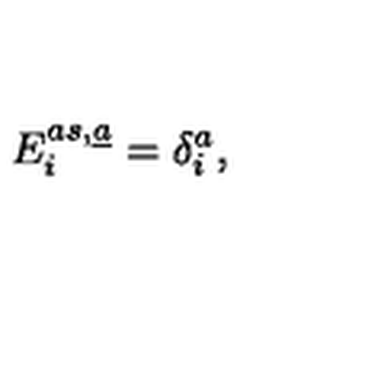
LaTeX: E _ { i } ^ { a s , \underline { { a } } } = \delta _ { i } ^ { a } ,